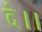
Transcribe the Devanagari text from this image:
दे।।